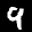
Label: 9